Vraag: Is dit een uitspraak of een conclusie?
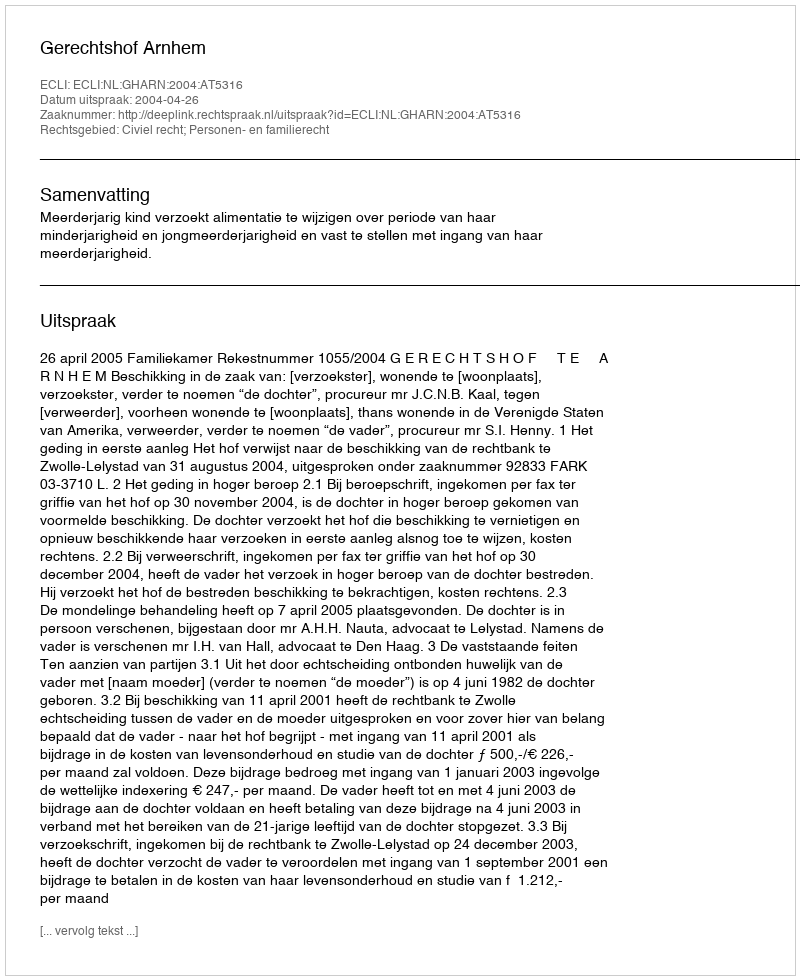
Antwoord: Uitspraak